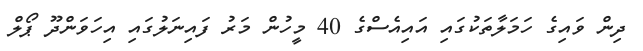
ދިން ވައިގެ ހަމަލާތަކުގައި އައިއެސްގެ 40 މީހުން މަރު ފައިނަލުގައި އިހަވަންދޫ ޕޯލް